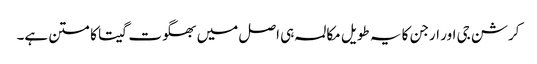
کرشن جی اور ارجن کا یہ طویل مکالمہ ہی اصل میں بھگوت گیتا کا متن ہے۔